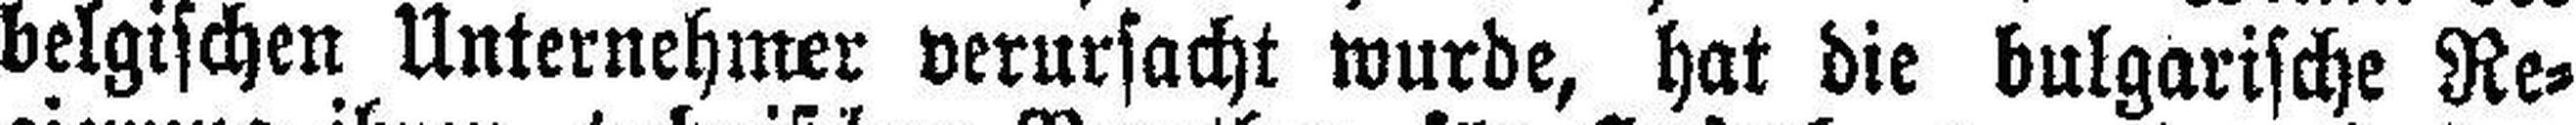
belgischen Unternehmer verursacht wurde, hat die bulgarische Re¬